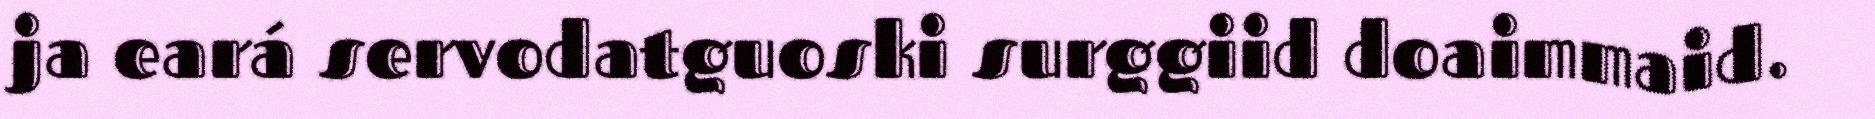
ja eará servodatguoski surggiid doaimmaid.